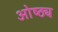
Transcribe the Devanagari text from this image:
ओष्ठ्य